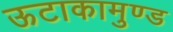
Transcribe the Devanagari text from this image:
ऊटाकामुण्ड